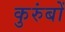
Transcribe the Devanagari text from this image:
कुरुंबों